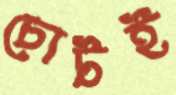
চোটই